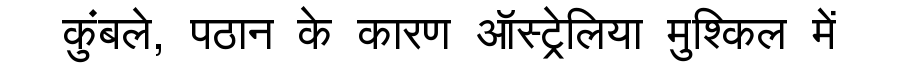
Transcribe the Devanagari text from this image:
कुंबले, पठान के कारण ऑस्ट्रेलिया मुश्किल में